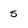
Character: 5